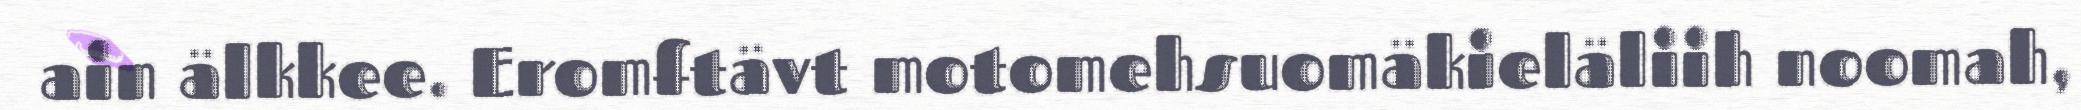
ain älkkee. Eromftävt motomehsuomäkieläliih noomah,